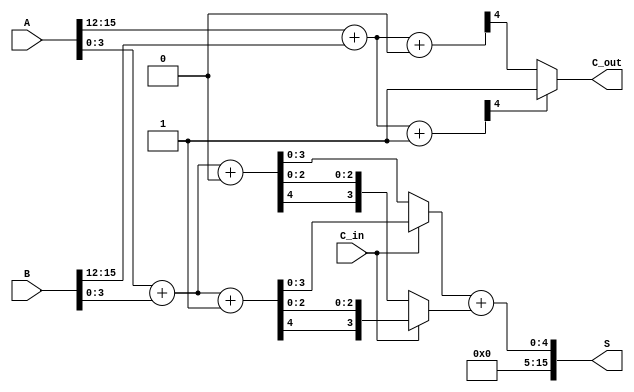
module CarrySelectAdder #(parameter N = 16, // Total bit width
                          parameter K = 4)  // Block size
(
    input  [N-1:0] A,      // First operand
    input  [N-1:0] B,      // Second operand
    input  C_in,           // Carry input
    output [N-1:0] S,      // Sum output
    output C_out           // Carry output
);

    localparam NUM_BLOCKS = N / K; // Number of blocks
    wire [K-1:0] S0 [0:NUM_BLOCKS-1]; // Sums when C_in = 0
    wire [K-1:0] S1 [0:NUM_BLOCKS-1]; // Sums when C_in = 1
    wire C_out0 [0:NUM_BLOCKS-1]; // Carry outs when C_in = 0
    wire C_out1 [0:NUM_BLOCKS-1]; // Carry outs when C_in = 1
    wire C_in_next [0:NUM_BLOCKS-1]; // Carry in for next block

    // Generate blocks
    genvar i;
    generate
        for (i = 0; i < NUM_BLOCKS; i = i + 1) begin : CSA_BLOCK
            wire [K-1:0] A_block = A[(i*K) +: K];
            wire [K-1:0] B_block = B[(i*K) +: K];

            // Full adders for C_in = 0
            assign {C_out0[i], S0[i]} = A_block + B_block + 1'b0;

            // Full adders for C_in = 1
            assign {C_out1[i], S1[i]} = A_block + B_block + 1'b1;

            // Carry in for the next block
            if (i == 0) begin
                assign C_in_next[i] = C_in; // First block uses external C_in
            end else begin
                assign C_in_next[i] = C_out0[i-1] ? 1'b1 : C_out1[i-1]; // Select carry for next block
            end
        end
    endgenerate

    // Mux to select final sum and carry out
    assign S = (C_in_next[0] ? S1[0] : S0[0]) + (C_in_next[0] ? {C_out1[0], S1[0][K-2:0]} : {C_out0[0], S0[0][K-2:0]});
    assign C_out = C_out1[NUM_BLOCKS-1] ? 1'b1 : C_out0[NUM_BLOCKS-1];

endmodule